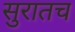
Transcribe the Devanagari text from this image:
सुरातच